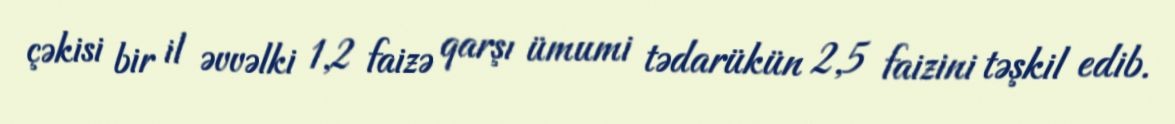
çəkisi bir il əvvəlki 1,2 faizə qarşı ümumi tədarükün 2,5 faizini təşkil edib.